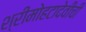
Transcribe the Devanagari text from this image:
श्रीमोहटादेवीची